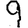
Digit: 9